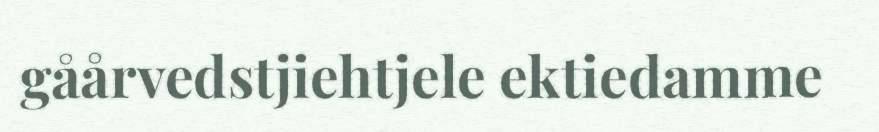
gåårvedstjiehtjele ektiedamme